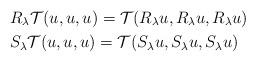
LaTeX: \begin{align*}& R_\lambda \mathcal{T}(u,u,u)= \mathcal{T} (R_\lambda u, R_\lambda u,R_\lambda u) \\& S_\lambda \mathcal{T}(u,u,u)= \mathcal{T} (S_\lambda u, S_\lambda u,S_\lambda u)\end{align*}